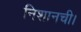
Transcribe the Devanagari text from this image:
निशानची।